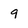
Character: 9